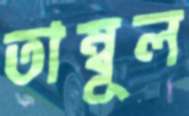
তাম্বূল